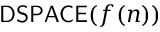
{ \mathsf { D S P A C E } } ( f ( n ) )